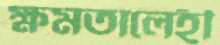
ক্ষমতালেহী